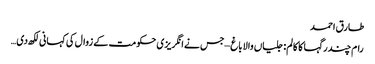
طارق احمد
رام چندر گہا کا کالم: جلیاں والا باغ –جس نے انگریزی حکومت کے زوال کی کہانی لکھ دی …